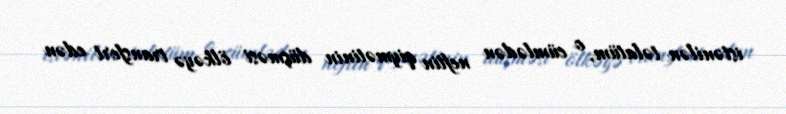
istənilən təlatüm, o cümlədən neftin qiymətinin düşməsi ölkəyə transfert edən